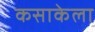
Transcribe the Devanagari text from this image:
कसाकेला